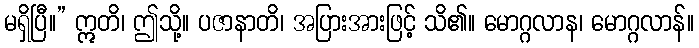
မရှိပြီ။” ဣတိ၊ ဤသို့။ ပဇာနာတိ၊ အပြားအားဖြင့် သိ၏။ မောဂ္ဂလာန၊ မောဂ္ဂလာန်။